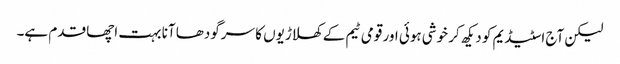
لیکن آج اسٹیڈیم کو دیکھ کر خوشی ہوئی اور قومی ٹیم کے کھلاڑیوں کا سرگودھا آنا بہت اچھا قدم ہے۔